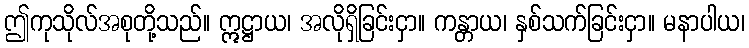
ဤကုသိုလ်အစုတို့သည်။ ဣဋ္ဌာယ၊ အလိုရှိခြင်းငှာ။ ကန္တာယ၊ နှစ်သက်ခြင်းငှာ။ မနာပါယ၊